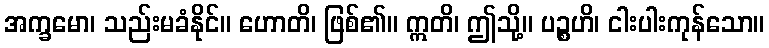
အက္ခမော၊ သည်းမခံနိုင်။ ဟောတိ၊ ဖြစ်၏။ ဣတိ၊ ဤသို့။ ပဉ္စဟိ၊ ငါးပါးကုန်သော။